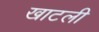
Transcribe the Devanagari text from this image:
खाटली